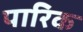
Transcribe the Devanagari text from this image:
पारिक